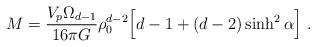
LaTeX: \begin{align*}M = \frac{V_p \Omega_{d-1}}{16 \pi G} \rho_0^{d-2} \Big[ d-1 +(d-2) \sinh^2 \alpha \Big] \ .\end{align*}